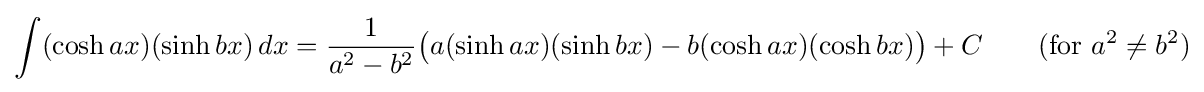
\int (\cosh ax)(\sinh bx)\,dx={\frac {1}{a^{2}-b^{2}}}{\big (}a(\sinh ax)(\sinh bx)-b(\cosh ax)(\cosh bx){\big )}+C\qquad {\mbox{(for }}a^{2}\neq b^{2}{\mbox{)}}